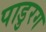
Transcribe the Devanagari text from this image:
पाडुरग